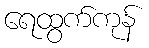
ရေထွက်ကုန်